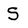
Character: S